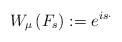
LaTeX: \begin{align*}W_{\mu}\left(F_{s}\right):=e^{is\cdot}\end{align*}